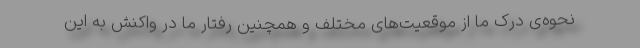
نحوه‌ی درک ما از موقعیت‌های مختلف و همچنین رفتار ما در واکنش به این